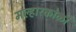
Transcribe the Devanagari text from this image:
मल्हारकोळी